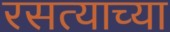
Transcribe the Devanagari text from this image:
रसत्याच्या